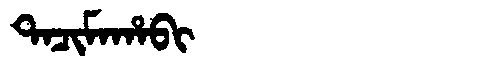
Manchu: ᡨᠠᠴᡳᠮᠠᡥᠠᠪᡳ
Romanization: TACIMAHABI